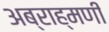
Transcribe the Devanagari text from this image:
अब्राह्मणी